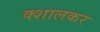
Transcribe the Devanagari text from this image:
क्शालकर